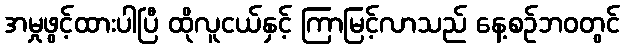
အမှုဖွင့်ထားပါပြီ ထိုလူငယ်နှင့် ကြာမြင့်လာသည် နေ့စဉ်ဘ၀တွင်